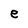
Character: e